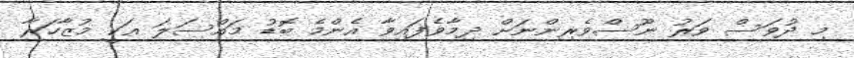
މި ދުވަސް ވަރު ނޫސްވެރިންނަށް ދިމާވެފައިވާ އެންމެ ބޮޑު މައްސަލަ އަކީ މުޒާހަރާ